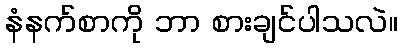
နံနက်စာကို ဘာ စားချင်ပါသလဲ။